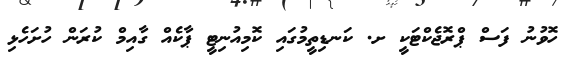
ހޮވުނު ފަސް ޕްރޮޖެކްޓަކީ ށ. ކަނޑިތީމުގައި ކޮމިއުނިޓީ ޕާކެއް ގާއިމް ކުރަން ހުށަހެޅި